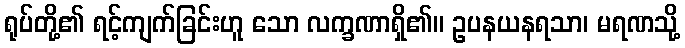
ရုပ်တို့၏ ရင့်ကျက်ခြင်းဟူ သော လက္ခဏာရှိ၏။ ဥပနယနရသာ၊ မရဏသို့